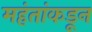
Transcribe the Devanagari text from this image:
महंतांकडून